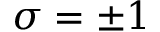
\sigma = \pm 1